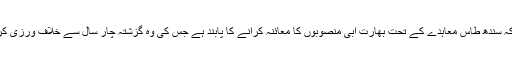
یاد رہے کہ سندھ طاس معاہدے کے تحت بھارت آبی منصوبوں کا معائنہ کرانے کا پابند ہے جس کی وہ گزشتہ چار سال سے خلاف ورزی کر رہا ہے۔